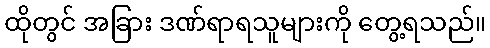
ထိုတွင် အခြား ဒဏ်ရာရသူများကို တွေ့ရသည်။